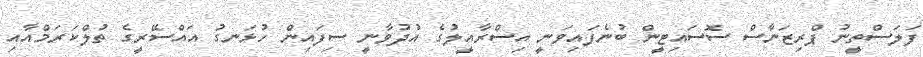
ފަލަސްތީނު ޕްރިޒަނާސް ސޮސައިޓީން ބުނެފައިވަނީ އިސްރާއީލުގެ އުދުވާނީ ސިފައިން ހުޅަނގު އައްސޭރީގެ ތުލްކަރަމްއާއި